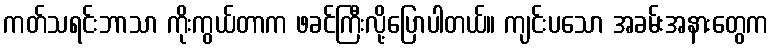
ကတ်သရင်းဘာသာ ကိုးကွယ်တာက ဖခင်ကြီးလို့ပြောပါတယ်။ ကျင်းပသော အခမ်းအနားတွေက